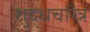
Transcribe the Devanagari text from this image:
शुद्धचरित्र